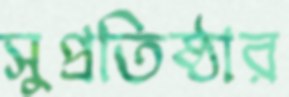
সুপ্রতিষ্ঠার